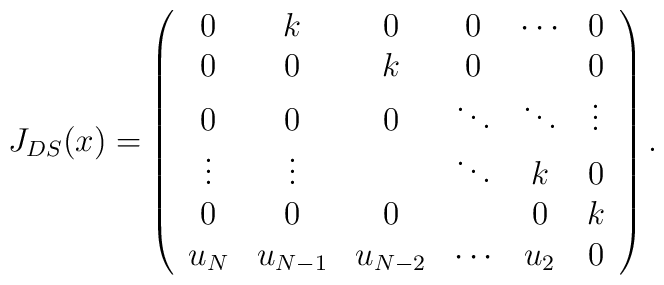
J_{DS}(x)=\left( \begin{array}{cccccc}                          0&k&0&0&\cdots&0\\                          0&0&k&0&&0\\                          0&0&0&\ddots&\ddots&\vdots\\                          \vdots&\vdots&&\ddots&k&0\\                          0&0&0&&0&k\\             u_N&u_{N-1}&u_{N-2}&\cdots&u_2&0\end{array}\right).